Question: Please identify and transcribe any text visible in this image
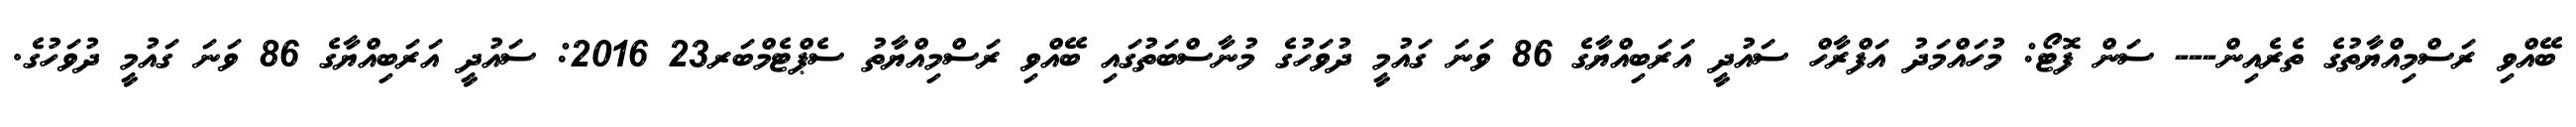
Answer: ބޭއްވި ރަސްމިއްޔާތުގެ ތެރެއިން--- ސަން ފޮޓޯ: މުހައްމަދު އަފްރާހް ސައުދީ އަރަބިއްޔާގެ 86 ވަނަ ގައުމީ ދުވަހުގެ މުނާސްބަތުގައި ބޭއްވި ރަސްމިއްޔާތު ސެޕްޓެމްބަރ23 2016: ސައުދީ އަރަބިއްޔާގެ 86 ވަނަ ގައުމީ ދުވަހުގެ.